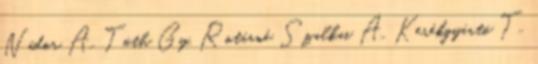
Nádor A., Tóth Gy., Rotárné Szalkai Á., Kerékgyártó T.,